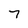
Character: 7